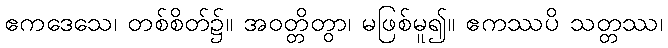
ဧကဒေသေ၊ တစ်စိတ်၌။ အဝတ္တိတွာ၊ မဖြစ်မူ၍။ ဧကဿပိ သတ္တဿ၊